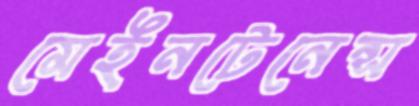
মেইনটেনেন্স